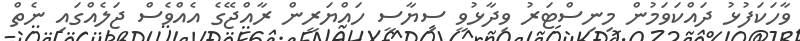
ވާހަކަފުޅު ދައްކަވަމުން މިނިސްޓަރު ވިދާޅުވީ ސިޔާސީ ހައްޔަރީން ރާއްޖޭގެ އެއްވެސް ޖަލެއްގައި ނެތް